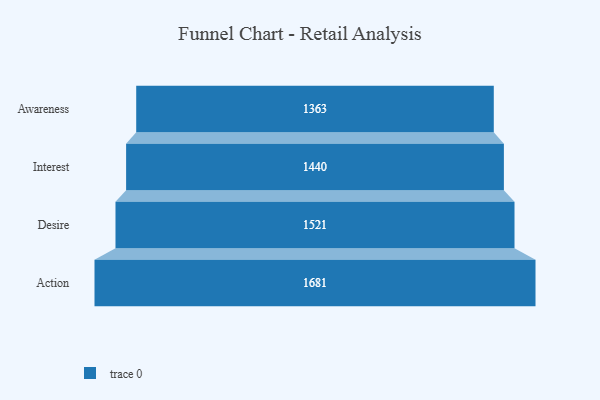
{"axis": {"x": "Stage", "y": "Value"}, "legend": [""], "data": [{"x": "Awareness", "y": 1363.0, "type": ""}, {"x": "Interest", "y": 1440.0, "type": ""}, {"x": "Desire", "y": 1521.0, "type": ""}, {"x": "Action", "y": 1681.0, "type": ""}]}